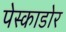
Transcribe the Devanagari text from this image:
पेस्काडोर